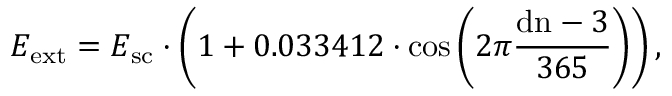
E _ { \mathrm { { e x t } } } = E _ { \mathrm { { s c } } } \cdot \left( 1 + 0 . 0 3 3 4 1 2 \cdot \cos \left( 2 \pi { \frac { \mathrm { { d n } } - 3 } { 3 6 5 } } \right) \right) ,